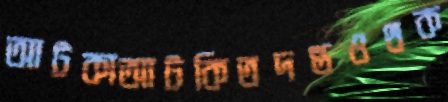
আটকাআটকিতদন্তওথক